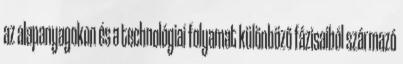
az alapanyagokon és a technológiai folyamat különböző fázisaiból származó